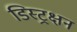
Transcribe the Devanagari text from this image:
डिस्ट्रक्षन